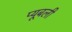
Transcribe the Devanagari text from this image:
प्यूबली